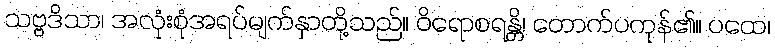
သဗ္ဗဒိသာ၊ အလုံးစုံအရပ်မျက်နှာတို့သည်။ ဝိရောစရန္တိ၊ တောက်ပကုန်၏။ ပထေ၊